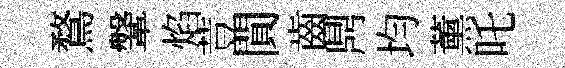
鶩鞶焰荳閴齒𪔂均薰吒